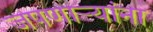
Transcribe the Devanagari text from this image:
जपणाऱ्यांना